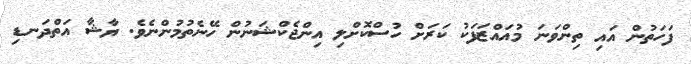
ފަަހަތުން އައި ތިންވަނަ މުއައްޒަފަކު ކަރަށް ހުސްކޮށްލި އިންޖެކްޝަނުން ހޭނެތުމުންނެވެ. ޔާޝާ އަތްދަނޑި